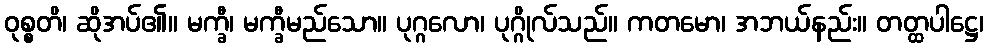
ဝုစ္စတိ၊ ဆိုအပ်၏။ မက္ခီ၊ မက္ခီမည်သော။ ပုဂ္ဂလော၊ ပုဂ္ဂိုလ်သည်။ ကတမော၊ အဘယ်နည်း။ တတ္ထပါဋ္ဌေ၊